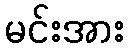
မင်းအား